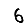
Digit: 6